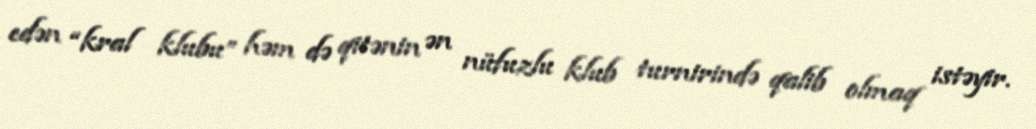
edən “kral klubu” həm də qitənin ən nüfuzlu klub turnirində qalib olmaq istəyir.